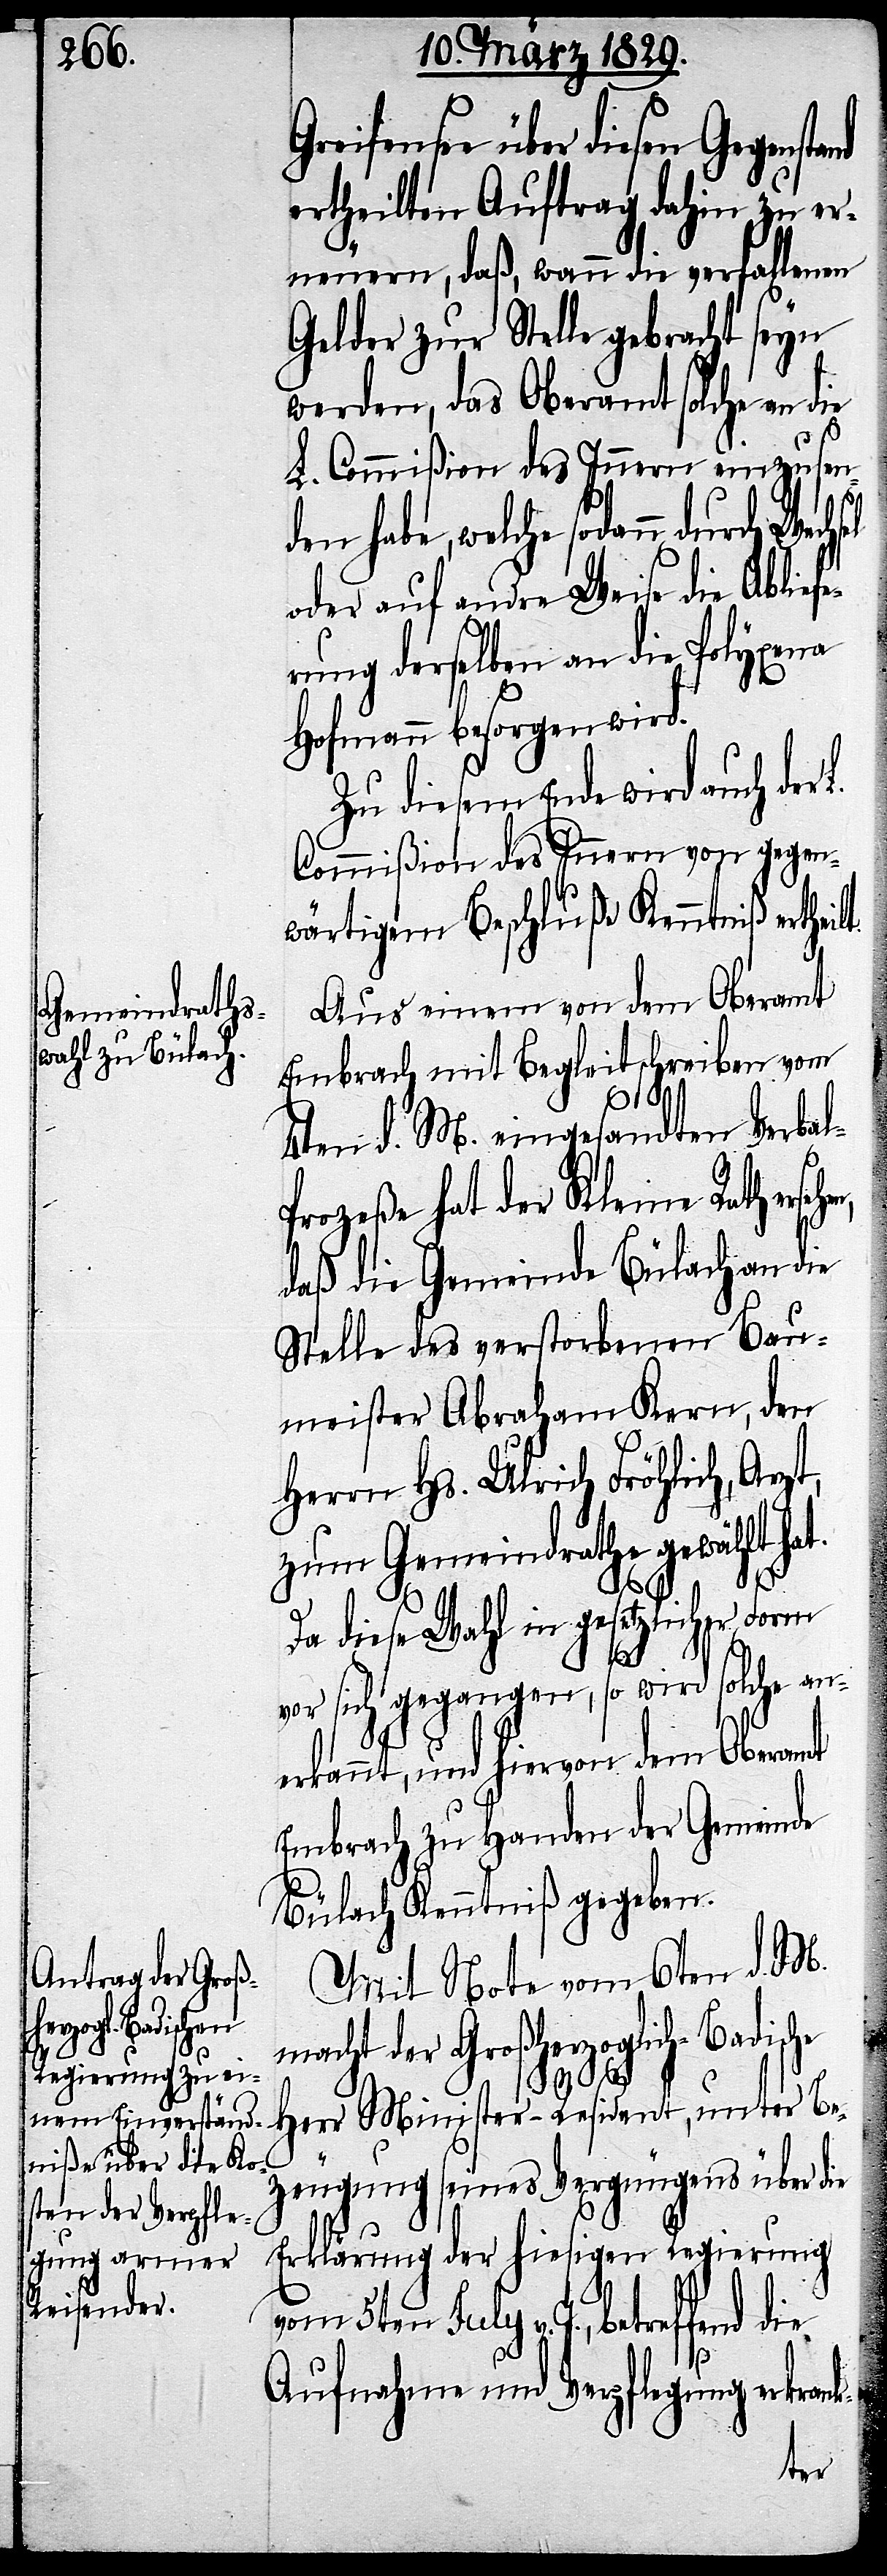
fensee über diesen Gegensta¬
ertheilten Auftrag dahin zu er¬
neuern, daß, wann die verfallenen
Gelder zur Stelle gebracht seyn
werden, das Oberamt solche an die
L. Commißion des Innern einzusen¬
den habe, welche sodann durch
oder auf andre Weise die Ablie¬
rung derselben an die Polyxena
Hofmann besorgen wird.
Zu diesem Ende wird auch der
Commißion des Innern von gegen¬
wärtigem Beschluße Kenntniß erthei¬
Aus einem von dem Oberamt
Embrach mit Begleitschreiben vom
4ten d. M. eingesandten Verba¬
rozeße hat der Kleine Rath erseh¬
daß die Gemeinde Bülach an die
Stelle des verstorbenen Bau¬
meister Abraham Kern, den
Herr Minister-Resi¬
zum Gemeindrathe gewählt ha¬
Be¬
Da diese Wahl in gesetzlicher Form
t,
vor sich gegangen, so wird solche an¬
erkannt, und hiervon dem Oberamt
Embrach zu Handen der Gemeinde
Bülach Kenntniß gegeben.
Mit Note vom 6ten d. M.
dent, unter
macht der Großherzoglich-Badische
zeugung seines Vergnügens über die
Erklärung der hiesigen Regierung
l-P¬
vom 5ten July v. J., betreffend die
Aufnahme und Verpflegung erkrank-